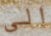
الى